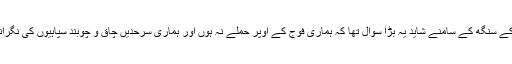
جنرل وی کے سنگھ کے سامنے شاید یہ بڑا سوال تھا کہ ہماری فوج کے اوپر حملے نہ ہوں اور ہماری سرحدیں چاق و چوبند سپاہیوں کی نگرانی میں ہوں۔